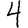
Digit: 4